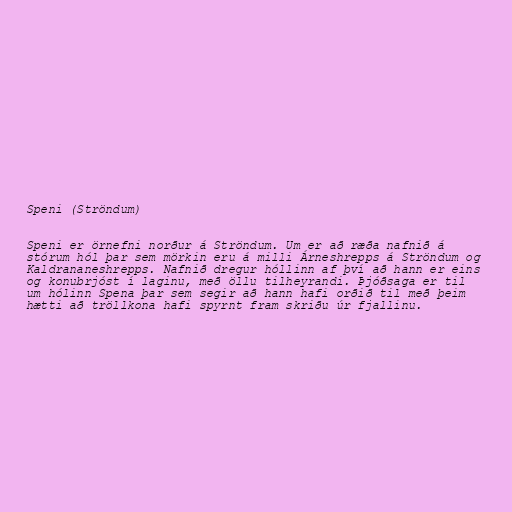
Speni (Ströndum)

Speni er örnefni norður á Ströndum. Um er að ræða nafnið á
stórum hól þar sem mörkin eru á milli Árneshrepps á Ströndum og
Kaldrananeshrepps. Nafnið dregur hóllinn af því að hann er eins
og konubrjóst í laginu, með öllu tilheyrandi. Þjóðsaga er til
um hólinn Spena þar sem segir að hann hafi orðið til með þeim
hætti að tröllkona hafi spyrnt fram skriðu úr fjallinu.